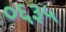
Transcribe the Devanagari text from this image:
०६३५